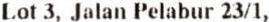
LOT 3, JALAN PELABUR 23/1,